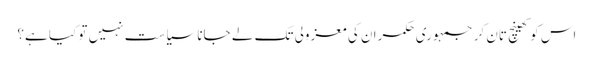
اس کو کھینچ تان کر جمہوری حکمران کی معزولی تک لے جانا سیاست نہیں تو کیا ہے؟